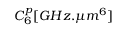
C _ { 6 } ^ { p } [ G H z . \mu m ^ { 6 } ]